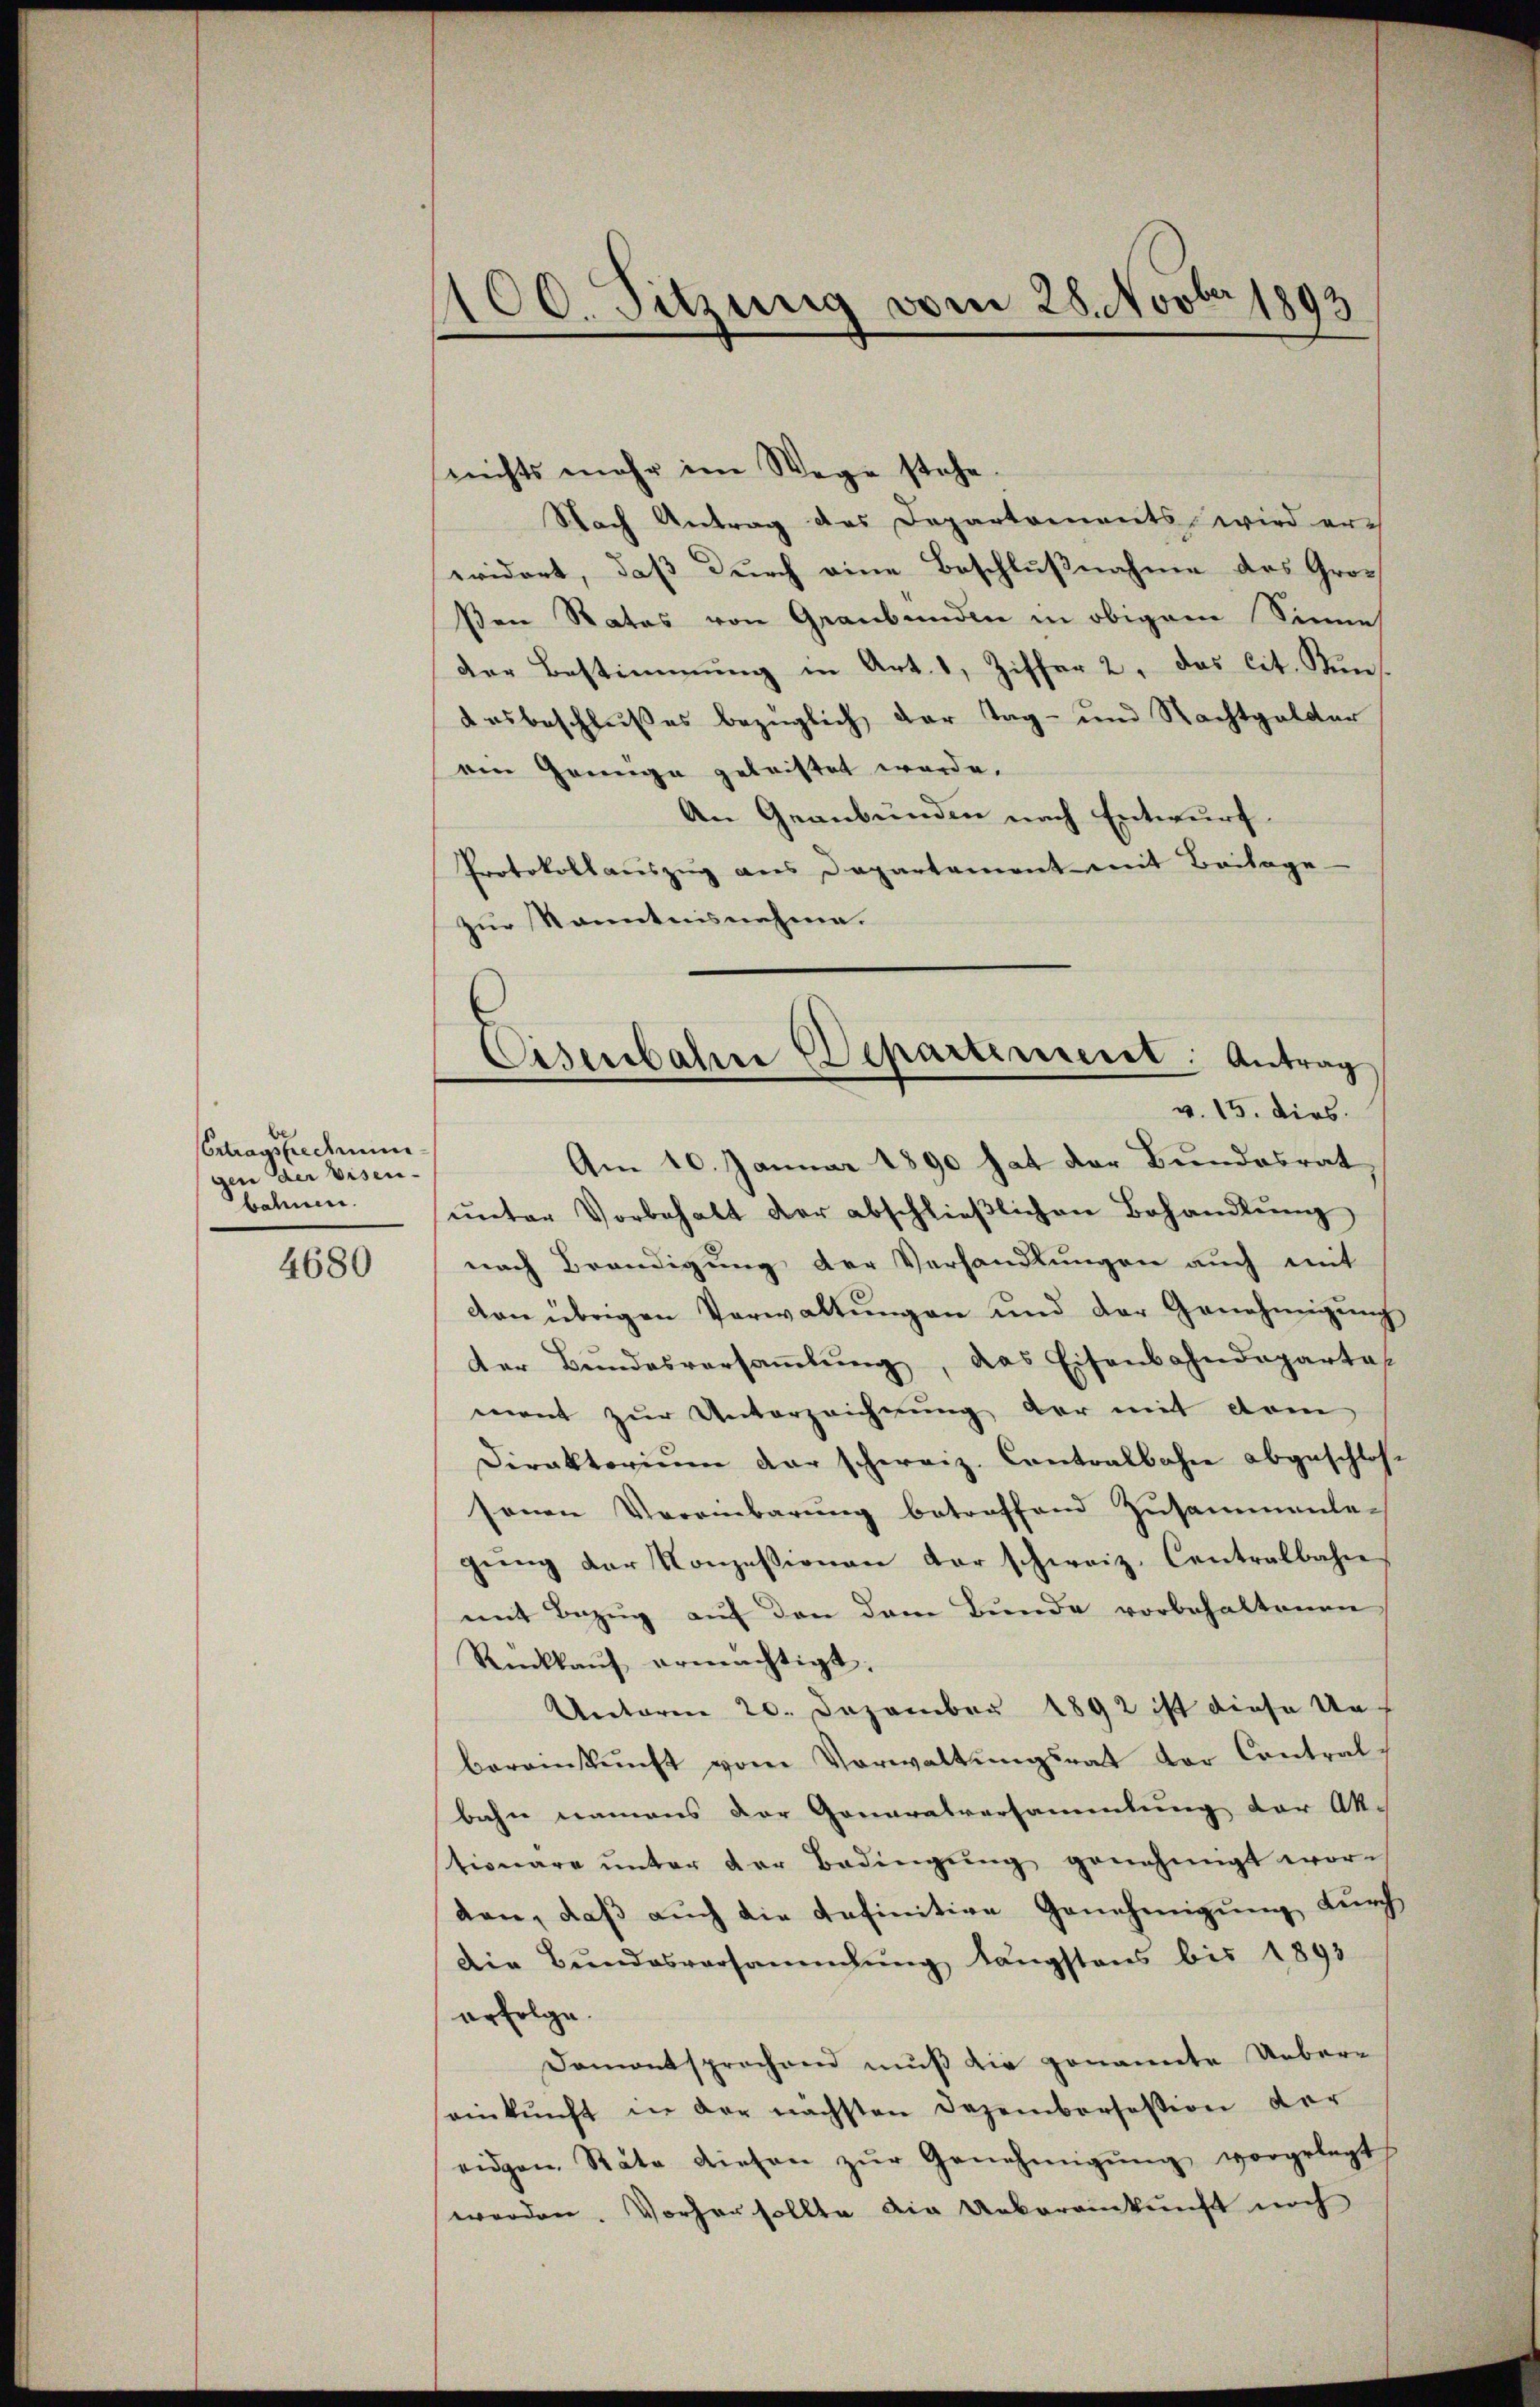
Ertragskrediminigen der Eisen-
bahnen.

4680

100. Sitzung vom 28. Novbr 1893

nichts mehr im Wege stehe.
Nach Antrag des Departements wird er-
evidert, daß durch eine Beschlußnahme des Groß
ßen Rates von Graubünden in obigem Sinne
der Bestimmung in Art. 1, Ziffer 2, das lit. Kanausbeschlußes bezüglich der Tag- und Nachtgelder
emn Genüge geleistet werde.
An Geanbunden nach Entwurf.
Protokollauszug aus Departament mit Beilage-
zur Kenntnisnahme.
Am 10. Januar 1890 hat der Bundesrat
ŭnter Vorbehalt der abschlieβlichen Behandlŭng
nach Beendigung der Verhandlungen auch mit
con übrigen Verwaltŭngen und der Genehmigŭng
der Bundesversaṁlŭng, das Eisenbahndeparta
ment zur Unterzeichnung der mit dem
Direktoriŭm der schweiz. Contralbahn abgeschlos
sonen Vereinbarung betreffend Zusammente-
gŭng der Konzessionen der schweiz. Centralbahn
mit Bezug auf den dem Bunde vorbehaltenen
Rückkaŭf ermächtigt.
Unterm 20. Dezember 1892 ist diese Unbereinkŭnft vom Verwaltŭngsrat der Contral-
bahn namens der Generalversammlung der Aktionare unter der Bedingung genehmigt worden, daß auch die definitive Genehmigung durch
Die Bundesversammlung längstens bis 1893
erfolge.
Damentsprechen mŭβ die genannte Ueber-
einkunft in der nächsten Dezembersession der
eidgen. Räte diesen zŭr Genehmigŭng vorgelegt
werden. Vorher sollte die Uebereinkunft noch

Eisenbahre Departement: Antrag
v. 15. dies.